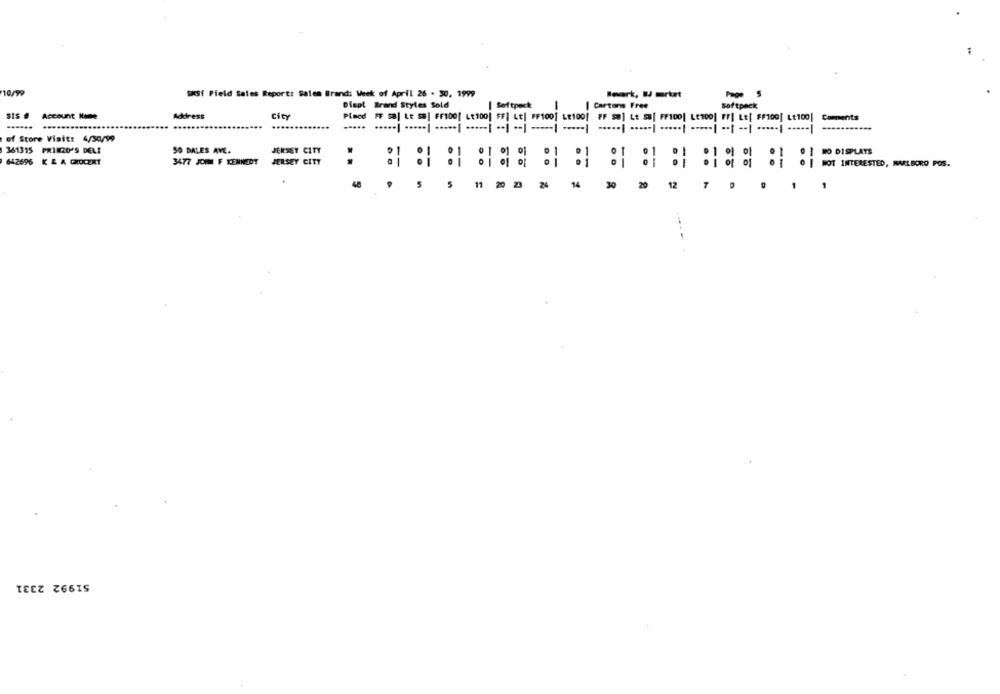
10/99
SKSi Field Sales Report: Salen Brand: Week of April 26 . 30, 1999
Wework, WIJ mrtet
Page 5
Ofept Brand Styles Sold
-
Cartons Free
softpack
SIS # Account Name
Address
City
....
Placd FF sa| Le ss| FF100[ LE100| FF] LE| FF100] LE100] FF so] Lt ss| FriDo! LeTool FFI LE[ FF100] Lt100| Comments
.....
of Store Visit: 4/30/99
361315 PRIN20'S DELI
SO DALES AVE.
JERSEY CITY
BO DISPLAYS
642696 K & A GROCERY
3477 JOHN F KENNEDY
JERSEY CITY
SO I NOT INTERESTED, MARLBORO POS.
48
5
5 11 20 23 24 14
30 2
12 7 D
51992 2331